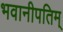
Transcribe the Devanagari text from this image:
भवानीपतिम्